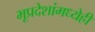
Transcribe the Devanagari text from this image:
भूप्रदेशांमध्येही